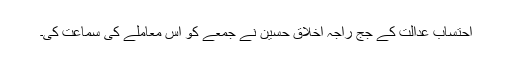
احتساب عدالت کے جج راجہ اخلاق حسین نے جمعے کو اس معاملے کی سماعت کی۔